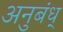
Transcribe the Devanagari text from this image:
अनुबंध्